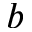
b